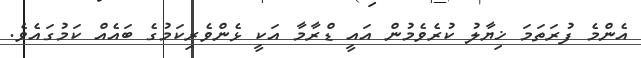
އެންމެ ފުރަތަމަ ޚިޔާލު ކުރެވެމުން އައީ ޑްރާމާ އަކީ ޅެންވެރިކަމުގެ ބައެއް ކަމުގައެވެ.